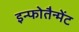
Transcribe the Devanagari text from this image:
इन्फोतैन्मेंट